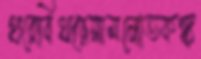
থরেবিথরেসামনোতকঙ্ক